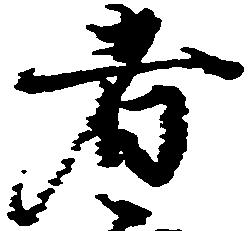
者